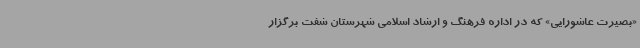
«بصیرت عاشورایی» که در اداره فرهنگ و ارشاد اسلامی شهرستان شفت برگزار